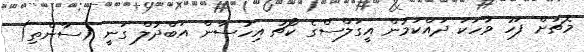
މެޗަށް ފަހު ވާހަކަ ދައްކަމުން އީގަލްސްގެ ކޯޗު އިހުސާން އަބްދުލް ގަނީ (ސާންތި)